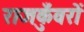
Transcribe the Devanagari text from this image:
राजकुँवरों